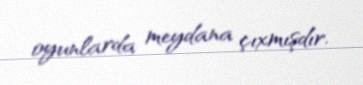
oyunlarda meydana çıxmışdır.